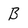
Character: B